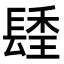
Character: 𨲚